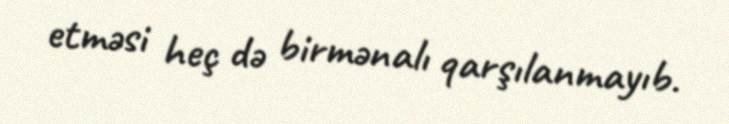
etməsi heç də birmənalı qarşılanmayıb.